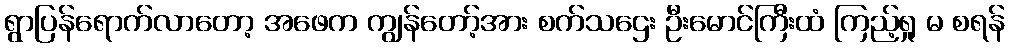
ရွာပြန်ရောက်လာတော့ အဖေက ကျွန်တော့်အား စက်သဌေး ဦးမောင်ကြီးထံ ကြည့်ရှု မ စရန်